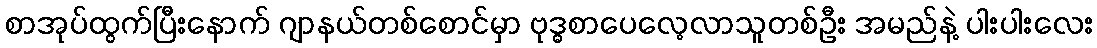
စာအုပ်ထွက်ပြီးနောက် ဂျာနယ်တစ်စောင်မှာ ဗုဒ္ဓစာပေလေ့လာသူတစ်ဦး အမည်နဲ့ ပါးပါးလေး